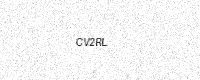
Text: CV2RL